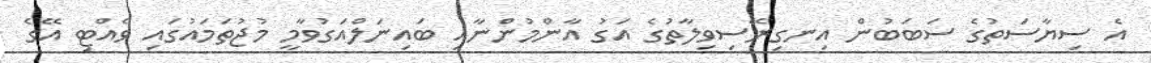
އެ ސިޔާސަތުގެ ސަބަބުން އިނގިރޭސިވިލާތުގެ އަގު އާންމުންނާއި ބައިނަލްއަގުވާމީ މުޖުތަމައުގައި ވެއްޓި އޭގެ